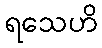
ရသေဟိ